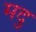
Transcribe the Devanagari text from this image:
मदु